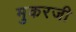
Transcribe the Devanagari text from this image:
मुकरजी